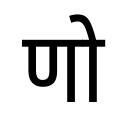
OCR:
णो